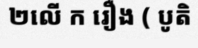
២លើ ក រឿង ( បូតិ